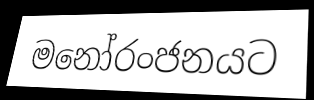
මනෝරංජනයට